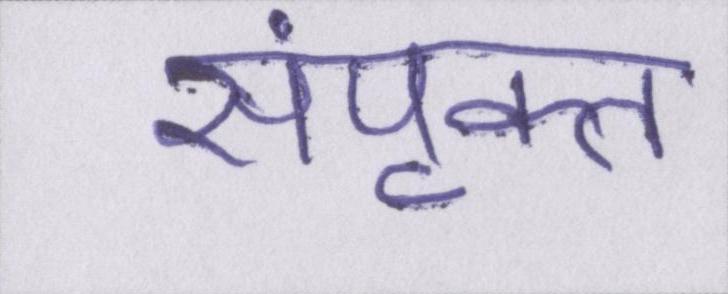
संपृक्त